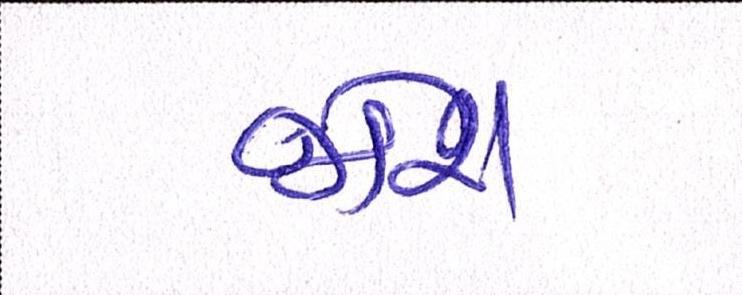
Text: જોશ